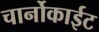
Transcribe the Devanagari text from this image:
चार्नोकाईट